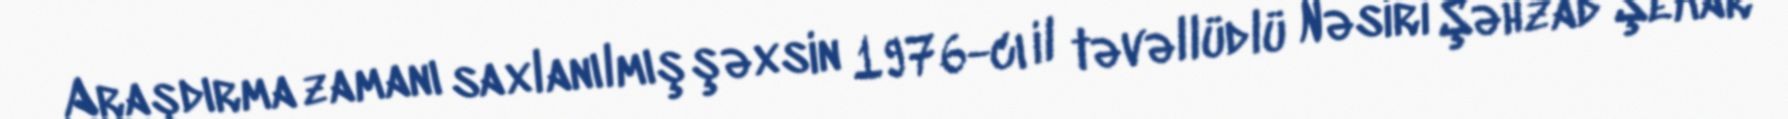
Araşdırma zamanı saxlanılmış şəxsin 1976-cı il təvəllüdlü Nəsiri Şəhzad Şekar